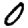
Digit: 0